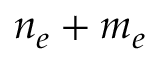
n _ { e } + m _ { e }